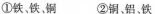
①铁、铁、铜 ②铜、铝、铁